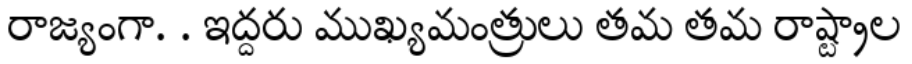
రాజ్యంగా. . ఇద్దరు ముఖ్యమంత్రులు తమ తమ రాష్ట్రాల